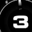
Digit: 3